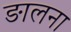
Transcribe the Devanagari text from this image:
ङालना